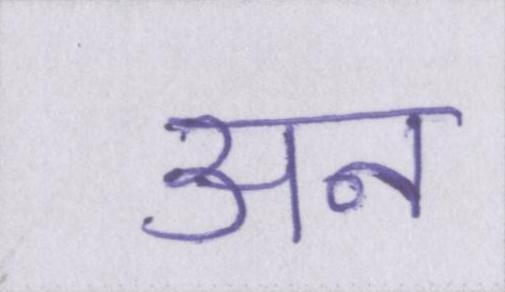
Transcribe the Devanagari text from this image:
अन